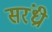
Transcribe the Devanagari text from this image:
सरंध्री